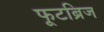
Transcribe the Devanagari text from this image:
फूटब्रिज